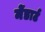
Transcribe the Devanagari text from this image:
मेंडार्ट